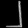
Digit: ၂